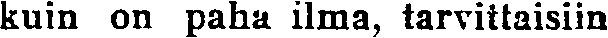
kuin on paha ilma, tarvittaisiin